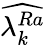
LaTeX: \widehat{\lambda_{k}^{Ra}}